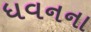
ધવનના